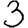
Digit: 3